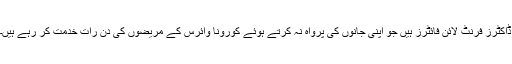
ڈاکٹرز فرنٹ لائن فائٹرز ہیں جو اپنی جانوں کی پرواہ نہ کرتے ہوئے کورونا وائرس کے مریضوں کی دن رات خدمت کر رہے ہیں۔